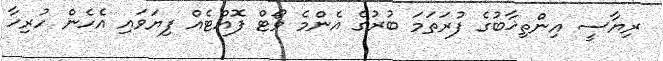
ރިޔާސީ އިންތިޚާބުގެ ފުރަތަމަ ބުރުގެ އެންމެ ވޯޓް ފޮއްޓެއް ފިޔަވައި އެހެން ހުރިހާ